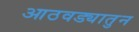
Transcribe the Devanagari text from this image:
आठवड्यातुन